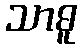
သာဓူ